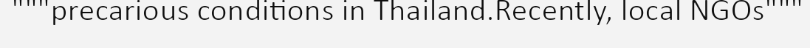
"""precarious conditions in Thailand.Recently, local NGOs"""